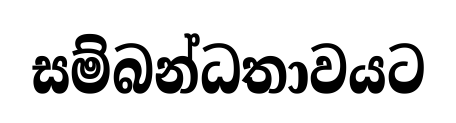
සම්බන්ධතාවයට